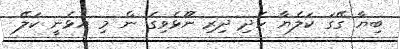
ބިޔާ ގޭގަ ކަލެޔާ ހެދި ދިރި ނޫޅެވިގެ ން މި އުޅެނީ ކަލޭ